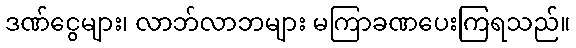
ဒဏ်ငွေများ၊ လာဘ်လာဘများ မကြာခဏပေးကြရသည်။